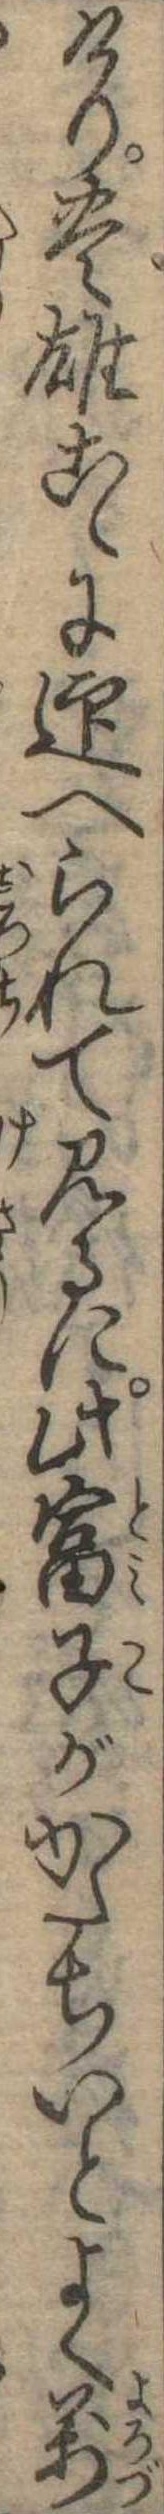
けり豊雄こゝに迎へられて見るに此富子がかたちいとよく万